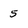
Character: 5